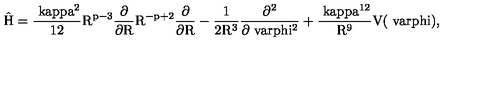
\mathrm { \hat { H } = \frac { \ k a p p a ^ { 2 } } { 1 2 } R ^ { p - 3 } \frac { \partial } { \partial R } R ^ { - p + 2 } \frac { \partial } { \partial R } - \frac { 1 } { 2 R ^ { 3 } } \frac { \partial ^ { 2 } } { \partial \ v a r p h i ^ { 2 } } + \frac { \ k a p p a ^ { 1 2 } } { R ^ { 9 } } V ( \ v a r p h i ) , }